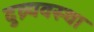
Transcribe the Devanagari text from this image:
दुव्र्यवस्था